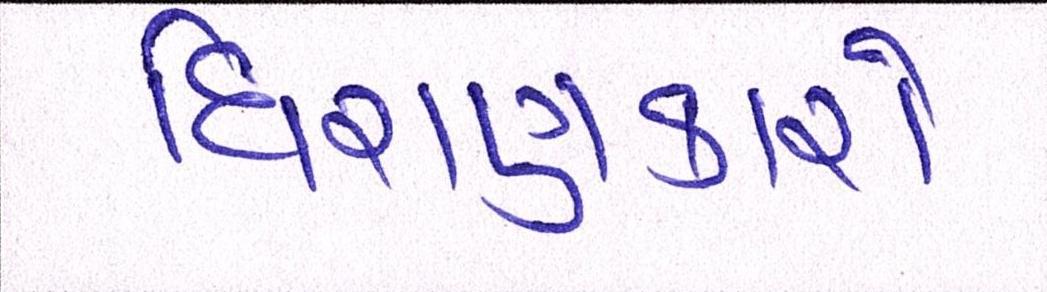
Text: ધિરાણકારો